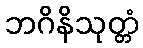
ဘဂိနိသုတ္တံ